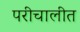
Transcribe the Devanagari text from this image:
परीचालीत